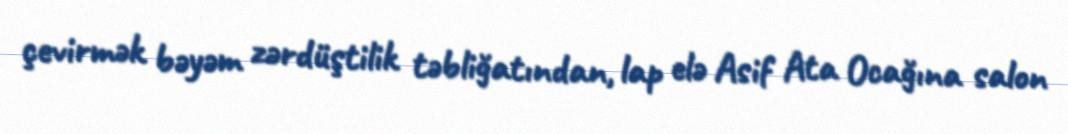
çevirmək bəyəm zərdüştilik təbliğatından, lap elə Asif Ata Ocağına salon